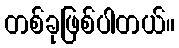
တစ်ခုဖြစ်ပါတယ်။